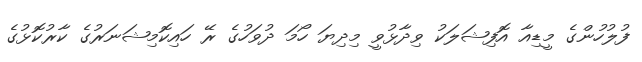
ފުލުހުންގެ މީޑިއާ އޮފިޝަލަކު ވިދާޅުވީ މިދިޔަ ހޯމަ ދުވަހުގެ ރޭ ހައިކޮމިޝަނަރުގެ ކާރުކޮޅުގެ